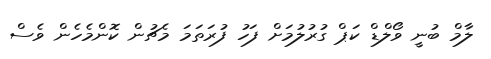
ލާމް ބުނީ ވޯލްޑް ކަޕް ގުރުލުމަށް ފަހު ފުރަތަމަ މެޗުން ކޮންމެހެން ވެސް